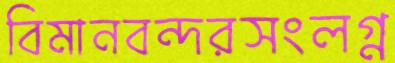
বিমানবন্দরসংলগ্ন